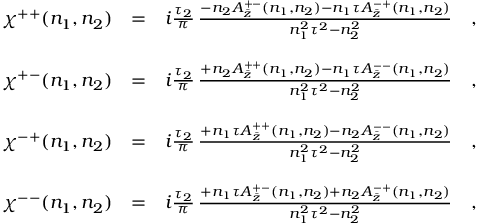
\begin{array} { r c l } { { \chi ^ { + + } ( n _ { 1 } , n _ { 2 } ) } } & { { = } } & { { i \frac { \tau _ { 2 } } { \pi } \, \frac { - n _ { 2 } A _ { \bar { z } } ^ { + - } ( n _ { 1 } , n _ { 2 } ) - n _ { 1 } \tau A _ { \bar { z } } ^ { - + } ( n _ { 1 } , n _ { 2 } ) } { n _ { 1 } ^ { 2 } \tau ^ { 2 } - n _ { 2 } ^ { 2 } } \ \ \ , } } \\ { { } } & { { } } & { { } } \\ { { \chi ^ { + - } ( n _ { 1 } , n _ { 2 } ) } } & { { = } } & { { i \frac { \tau _ { 2 } } { \pi } \, \frac { + n _ { 2 } A _ { \bar { z } } ^ { + + } ( n _ { 1 } , n _ { 2 } ) - n _ { 1 } \tau A _ { \bar { z } } ^ { -- } ( n _ { 1 } , n _ { 2 } ) } { n _ { 1 } ^ { 2 } \tau ^ { 2 } - n _ { 2 } ^ { 2 } } \ \ \ , } } \\ { { } } & { { } } & { { } } \\ { { \chi ^ { - + } ( n _ { 1 } , n _ { 2 } ) } } & { { = } } & { { i \frac { \tau _ { 2 } } { \pi } \, \frac { + n _ { 1 } \tau A _ { \bar { z } } ^ { + + } ( n _ { 1 } , n _ { 2 } ) - n _ { 2 } A _ { \bar { z } } ^ { -- } ( n _ { 1 } , n _ { 2 } ) } { n _ { 1 } ^ { 2 } \tau ^ { 2 } - n _ { 2 } ^ { 2 } } \ \ \ , } } \\ { { } } & { { } } & { { } } \\ { { \chi ^ { -- } ( n _ { 1 } , n _ { 2 } ) } } & { { = } } & { { i \frac { \tau _ { 2 } } { \pi } \, \frac { + n _ { 1 } \tau A _ { \bar { z } } ^ { + - } ( n _ { 1 } , n _ { 2 } ) + n _ { 2 } A _ { \bar { z } } ^ { - + } ( n _ { 1 } , n _ { 2 } ) } { n _ { 1 } ^ { 2 } \tau ^ { 2 } - n _ { 2 } ^ { 2 } } \ \ \ , } } \end{array}